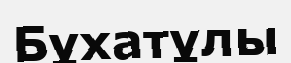
Бұхатұлы